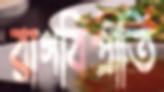
রাগবিপ্রীতি